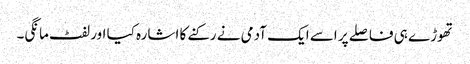
تھوڑے ہی فاصلے پر اسے ایک آدمی نے رکنے کا اشارہ کیا اور لفٹ مانگی۔